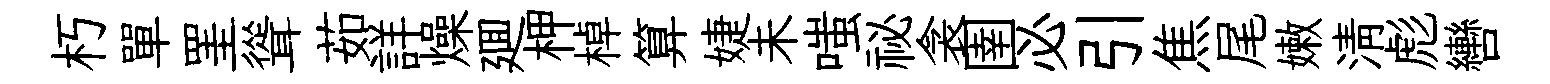
朽單罣聳茹詳燥廽柙棹算婕未嗤祕衾圉必引焦尾嫩淸彪轡